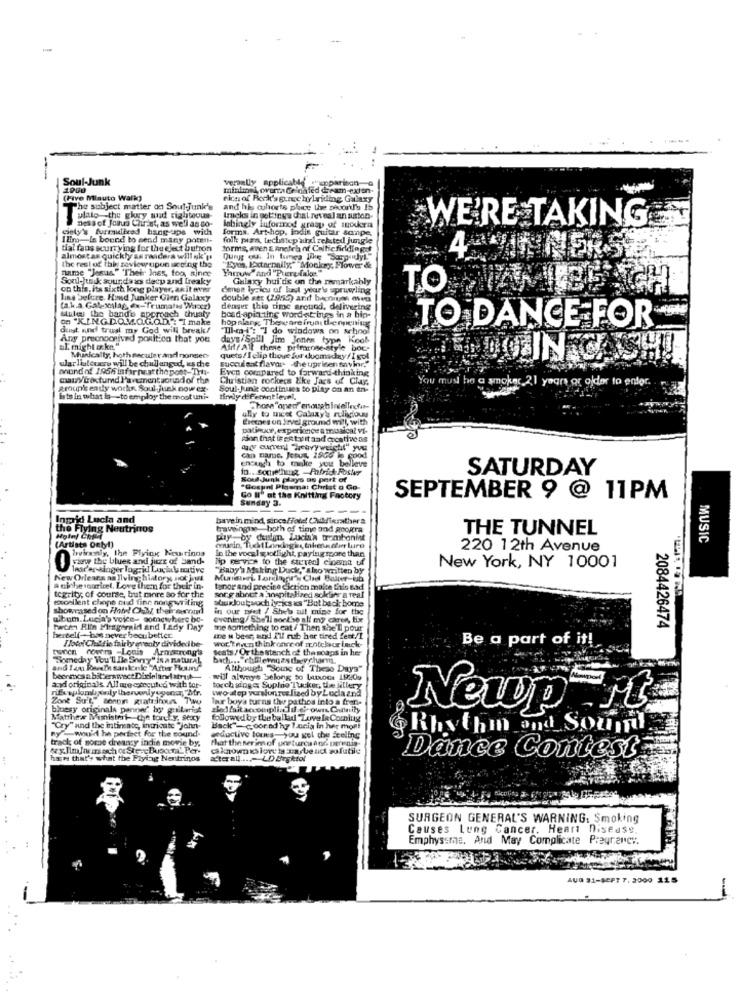
--
Soul-Junk
verbally applicable wienparison
1900
mintmek, overta Ceinafed dream-exion.
(Five Mlauto Walk)
rica of Rock'sguruc hybriding Galaxy
The subject matter on Soul-Junk's
and his cohorts plice the poort'y 1b
plato the glory and righteous-
ness of Jota Chirist, as well as so-
Imcky in gettings chal reveal an saton-
cinly's furmidiiced hang-ups with
Mahingly Informed grasy of Inoukra
forms. Art-hop, indie guitar sanpe,
WE'RE TAKING
Ilim-Is bound to send many potent-
folk: pisa, techstep abd reksted jungle
tial fans scurry ing for the eject butron
forms, even EAnetch of Celtic fiddingst
almost as quickly as raadera will sk'u
name "Jesus" "Their Ines, too, sinne
the rest of this review upon seeing the
Therow"and "Purefake."
"Eyes, Externally,""Monkey Flower &
Soul-husk sourds xs decy and freaky
Galaxy hui'dis on the mmarkably
on this, its sixth long player, as it over
denan lyrics of lunt year's spruwling
TO
ling before. Hond Junker Gien Galaxy
double att (1955) and bagniuns oven
stul the band's approach thuaty
(a.k.a. Galexalag, ex-Trumalys Warcz)
denger this time around, delivering
on "KINGDOMOGOD": "Imake
boad-apiadine wordstings in a hip-
hopslang, Thereare from theopening
dust and trust my God will break!
"Til-mi": "] do windows on school
TO DANCE FOR
Any prechocnived position that you
days/Spill Jim Jones type Kool-
al. might aka."
Airl / All these prlmarone-style boc-
Munically, hoth secular and nonseo-
quets / I elip those for doomsday / I sol
ular liutovers will be challenged, us the
mund of 1956 informat the post-This-
succul sat flavar -the uprisen savinr."
Even compared to forward-thinking
mawy/textumd Pavementsorindl of the
Christian rockers Xke Jars of Clay
snoką
years or older to enter.
group's eady works Soul Junk now ex-
Soul-Junie continues to play on an en-
ists in what is -- to employ the moot uni-
ully to meet Calixy's religious
Those"aperf enough intellectus-
Creches un Irvel ground will, with
Datinuce, experionce a musical Vi-
son that is ent vit and costivens
Ch Darbe, Jetus, 2966 in cood
enough to make you believe
10 .. . Something, Patrick Foster
SATURDAY
Soud Junk plays as part of
"Gospel Pigemat Christ o Go-
Sunday 3.
Go u" at the Knitting Factory
SEPTEMBER 9 @ 11PM
-------
Ingrid Lucla and
havein mind, since/fold CAdierathera
the
the Flying Neutrinos
travelingise both of time and googra
THE TUNNEL
pay- by dem Lucia's trombonint
MUSIC
(Artists Detyl)
Wwviramaly, the Flying Newrinns
cousin, fuckt Laindagine, then. @for lurt
In the vocal spotlight paying more than
220 12th Avenue
lip service to the sturedl eloana uf
3x the blues and porr of Sand-
1mac'en singer log- id Luciaumutive
"Baby's Making Duck," slo written by
New York, NY 10001
New Orleans na living history not just
Murmuri Lornas'y Chol Batter-bb
tegrity; of course, but more ao for the
a niche souricel. Love themn for their in.
tenor and precise diction malce thio Bad
toocellent chope oud fine songwriting
suurJoutsuch ly-ks ks "But back home
sorg about a hospitalized sollier a real
showrased on Hotel CKMy, theirsecond
in our niet / Sheba tul mine for the
album. Lucia's voice- somewhere bo-
evening / She'll sontse all my caren, tix
Pwcen Ritn Fizgerald and Lady Day
me something to eat / Then She L pour
2084426474
herself-bas never beou better
Ilotel Childis fairly eventy dividecibe-
me N beer, and I'll rub har tired fent/L
worthun think once of rentcheur Inck-
Be a part of it!
toren noutra -Louis Armstrong's
seats/ Or thestench of the soaps in her
Someday You'll De Sorry" in a natural
bach ... "chfleragas theycharm
and Iam Revere sankenie "After Hound
Although "Sound of These Days"
becomes a bittersweet Diinlarlatrust
will always belong to Latroce 19209
and originals All me executed with for-
nifvaplombxsly thervody ogonar,"Mr.
torch ging & Suploo Tusicer, the ellery
two step verwunres lized by Loca and
Zont Suit" tenon gratringa Thru
leur boya turns the pathos into a fren-
bluesy originala pannec by galleriet
shedfait accomplialif.e. own.Cannity
Newp rt
Matthew Munisteri- the torcky, sexy
followed by the ballad Love le Coming
"Cry" and the intineate, intricate"John-
nywou'd he pocieet for the sound-
Back"- coored hy 1.unia in her mon!
Rhythm and Soumit
track of nomse dreanty indie movie by.
that the serie of postures a od pernin-
seductive tormes-you gel the feeling
cknownxsiore hy mytend sofutile
han that's what the Flying Nentrinos
ater all ....- LD Urgktol
Dance Contest
a nicotina & Gt grapas bo GS
SURGEON GENERAL'S WARNING: Smoking
Causes Lung Cancer. Heart Disease.
Emphysema. And May Complicate Pregrancy.
AUG 31-SEPT 7, 2000 115